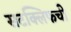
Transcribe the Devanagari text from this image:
सटक्लिफची